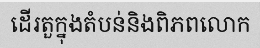
ដើរតួក្នុងតំបន់និងពិភពលោក